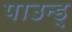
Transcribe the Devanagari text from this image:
पाउन्ड्